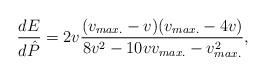
LaTeX: \begin{align*}{dE\over d\hat{P}}=2v{(v_{max.}-v)(v_{max.}-4 v)\over 8v^2-10 v v_{max.}-v^{2}_{max.}},\end{align*}